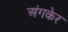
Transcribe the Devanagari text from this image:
अंगकेर